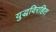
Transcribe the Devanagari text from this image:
युद्धविरहित